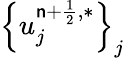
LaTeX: \left\{ u_{j}^{\mathsf{n}+\frac{{1}}{{2}},\ast}\right\} _{j}